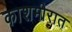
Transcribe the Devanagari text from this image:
काशमीरात